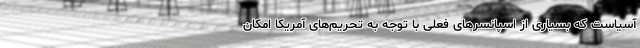
آسیاست که بسیاری از اسپانسرهای فعلی با توجه به تحریم‌های آمریکا امکان